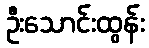
ဦးသောင်းထွန်း